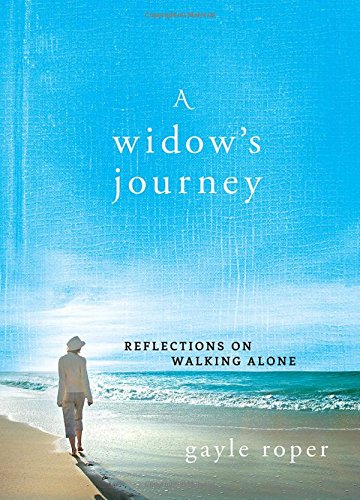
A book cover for A Widow's Journey: Reflections on Walking Alone; Gayle Roper; Christian Books & Bibles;